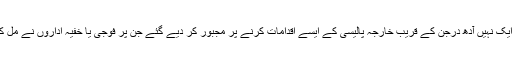
امریکا میں صدر بارک اوباما ایک نہیں آدھ درجن کے قریب خارجہ پالیسی کے ایسے اقدامات کرنے پر مجبور کر دیے گئے جن پر فوجی یا خفیہ اداروں نے مل کر ایک خاص سمت تجویز کی۔